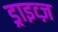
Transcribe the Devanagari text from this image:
ड्राइव्ज़